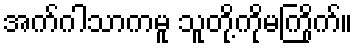
အက်ဂါသာကမူ သူတို့ကိုမကြိုက်။